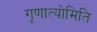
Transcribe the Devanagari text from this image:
गृणात्योमिति